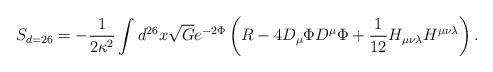
LaTeX: \begin{align*}\hspace{-.5cm} S_{d=26}=-\frac{1}{2\kappa^{2}}\int d^{26}x \sqrt{G}e^{-2\Phi}\left( R-4D_{\mu}\Phi D^{\mu}\Phi+\frac{1}{12}H_{\mu\nu\lambda}H^{\mu\nu\lambda}\right).\end{align*}